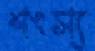
শংস্য